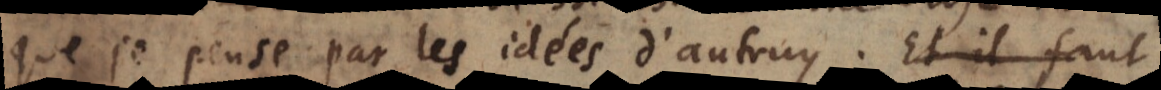
que je pense par les idées d’autruy. Et il faut